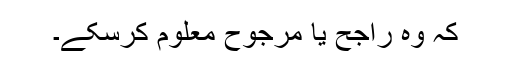
کہ وہ راجح یا مرجوح معلوم کرسکے۔